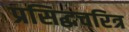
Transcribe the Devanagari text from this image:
प्रसिद्धचरित्र